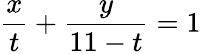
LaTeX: {\frac{x}{t}}+{\frac{y}{11-t}}=1